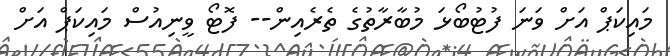
މައިކަޕް އަށް ވަނަ ފުޓުބޯޅަ މުބާރާތުގެ ތެރެއިން-- ފޮޓޯ ވީނިއުސް މައިކަޕް އަށް